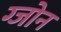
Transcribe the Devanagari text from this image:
ग्जोन